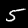
Digit: 5